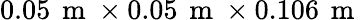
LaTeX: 0.05\, \mathrm{~m~}\times 0.05\, \mathrm{~m~}\times 0.106\, \mathrm{~m~}